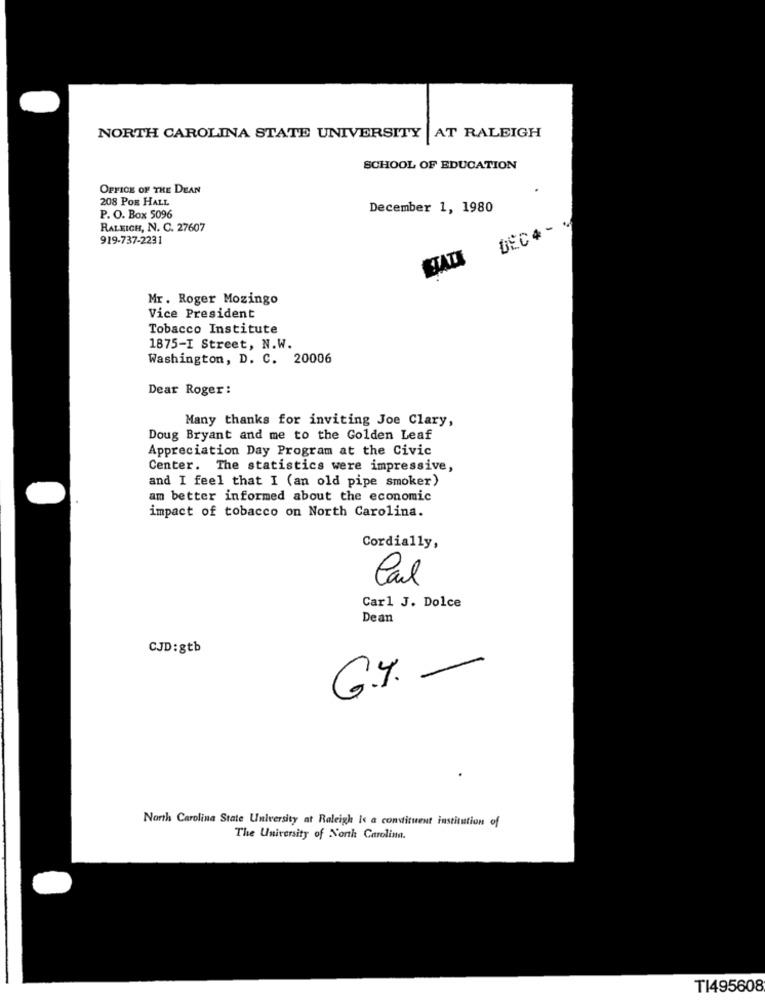
NORTH CAROLINA STATE UNIVERSITY |AT RALEIGH
SCHOOL OF EDUCATION
OFFICE OF THE DEAN
208 POR HALL
December 1, 1980
P. O. Box 5096
RALEIGH, N. C. 27607
DEC4 - 1
919-737-2231
ETATI
Mr. Roger Mozingo
Vice President
Tobacco Institute
1875-I Street, N.W.
Washington, D. C. 20006
Dear Roger :
Many thanks for inviting Joe Clary,
Doug Bryant and me to the Golden Leaf
Appreciation Day Program at the Civic
Center. The statistics were impressive,
and I feel that I (an old pipe smoker)
am better informed about the economic
impact of tobacco on North Carolina.
Cordially,
Carl
Carl J. Dolce
Dean
CJD:gtb
G.Y. -
North Carolina State University at Raleigh Is a constituent institution of
The University of North Carolina.
T1495608